Scottish Leaving Certificate Examination, 1955
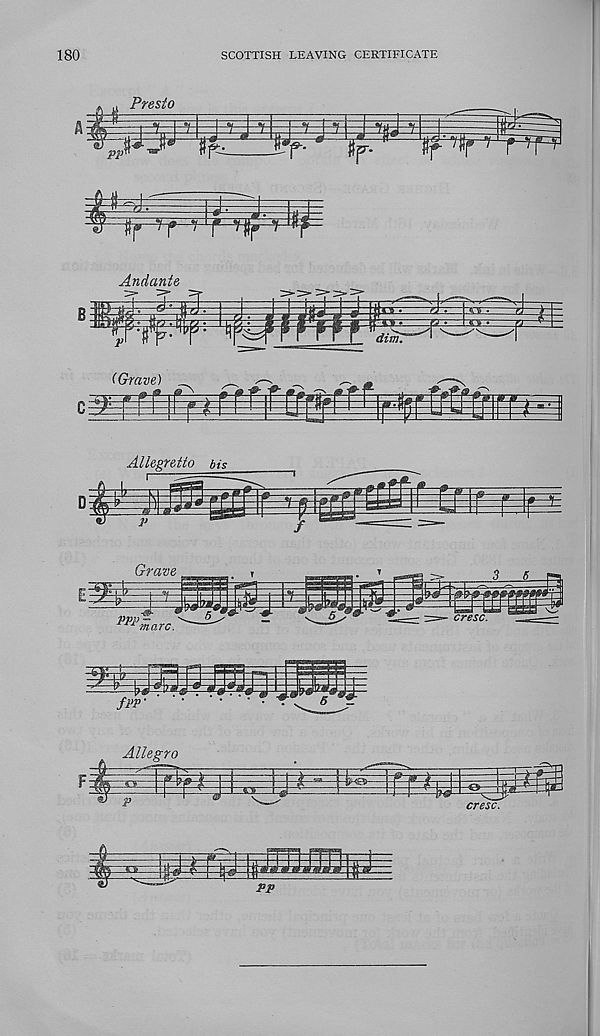
180
SCOTTISH LEAVING CERTIFICATE
Presto
i
±=z±l=zz±=z±~=3=;z±
hlk
Andante
TTff
(Grave)
f-2
p-M.
Allegretto bis
Grave
3 6
PPP
^
5 r
Allegro
cresc.